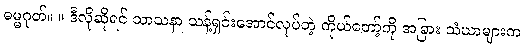
ဓမ္မဂုတ်။ ။ ဒီလိုဆိုရင် သာသနာ သန့်ရှင်းအောင်လုပ်တဲ့ ကိုယ်တော့်ကို အခြား သံဃာများက